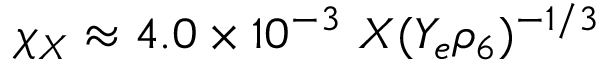
\chi _ { X } \approx 4 . 0 \times 1 0 ^ { - 3 } \ X ( Y _ { e } \rho _ { 6 } ) ^ { - 1 / 3 }